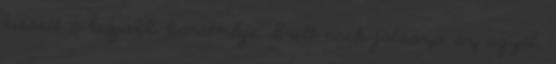
kiesett a legjobb barátnője, Brett csak játssza az agyát,